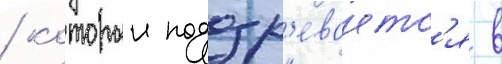
/ которыи подозр'еваетс'я в